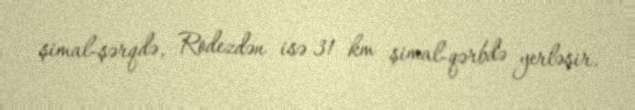
şimal-şərqdə, Rodezdən isə 31 km şimal-qərbdə yerləşir.